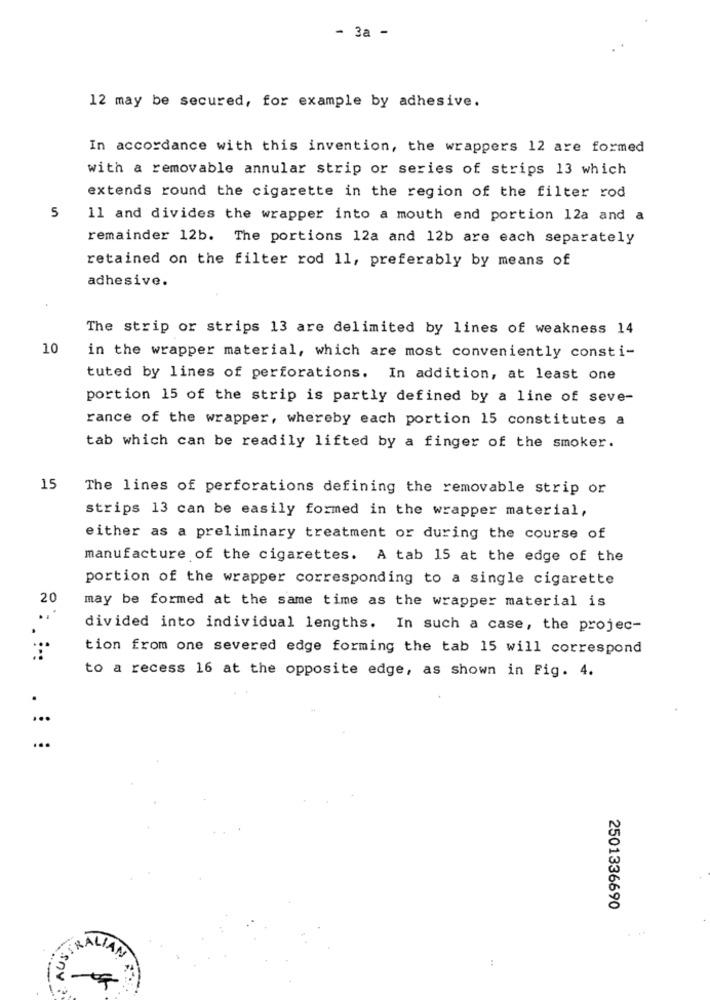
- 3a -
12 may be secured, for example by adhesive.
In accordance with this invention, the wrappers 12 are formed
with a removable annular strip or series of strips 13 which
extends round the cigarette in the region of the filter rod
5
11 and divides the wrapper into a mouth end portion 12a and a
remainder 12b. The portions 12a and 12b are each separately
retained on the filter rod 11, preferably by means of
adhesive.
The strip or strips 13 are delimited by lines of weakness 14
10
in the wrapper material, which are most conveniently consti-
tuted by lines of perforations. In addition, at least one
portion 15 of the strip is partly defined by a line of seve-
rance of the wrapper, whereby each portion 15 constitutes a
tab which can be readily lifted by a finger of the smoker.
15
The lines of perforations defining the removable strip or
strips 13 can be easily formed in the wrapper material,
either as a preliminary treatment or during the course of
manufacture of the cigarettes. A tab 15 at the edge of the
portion of the wrapper corresponding to a single cigarette
20
may be formed at the same time as the wrapper material is
N :
divided into individual lengths. In such a case, the projec-
tion from one severed edge forming the tab 15 will correspond
to a recess 16 at the opposite edge, as shown in Fig. 4.
...
...
2501336690
SIRALIAN